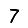
Digit: 7